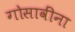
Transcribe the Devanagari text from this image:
गोसावींना